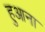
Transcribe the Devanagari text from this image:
हुआना